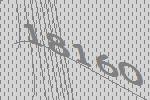
18160